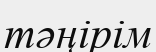
тәңірім